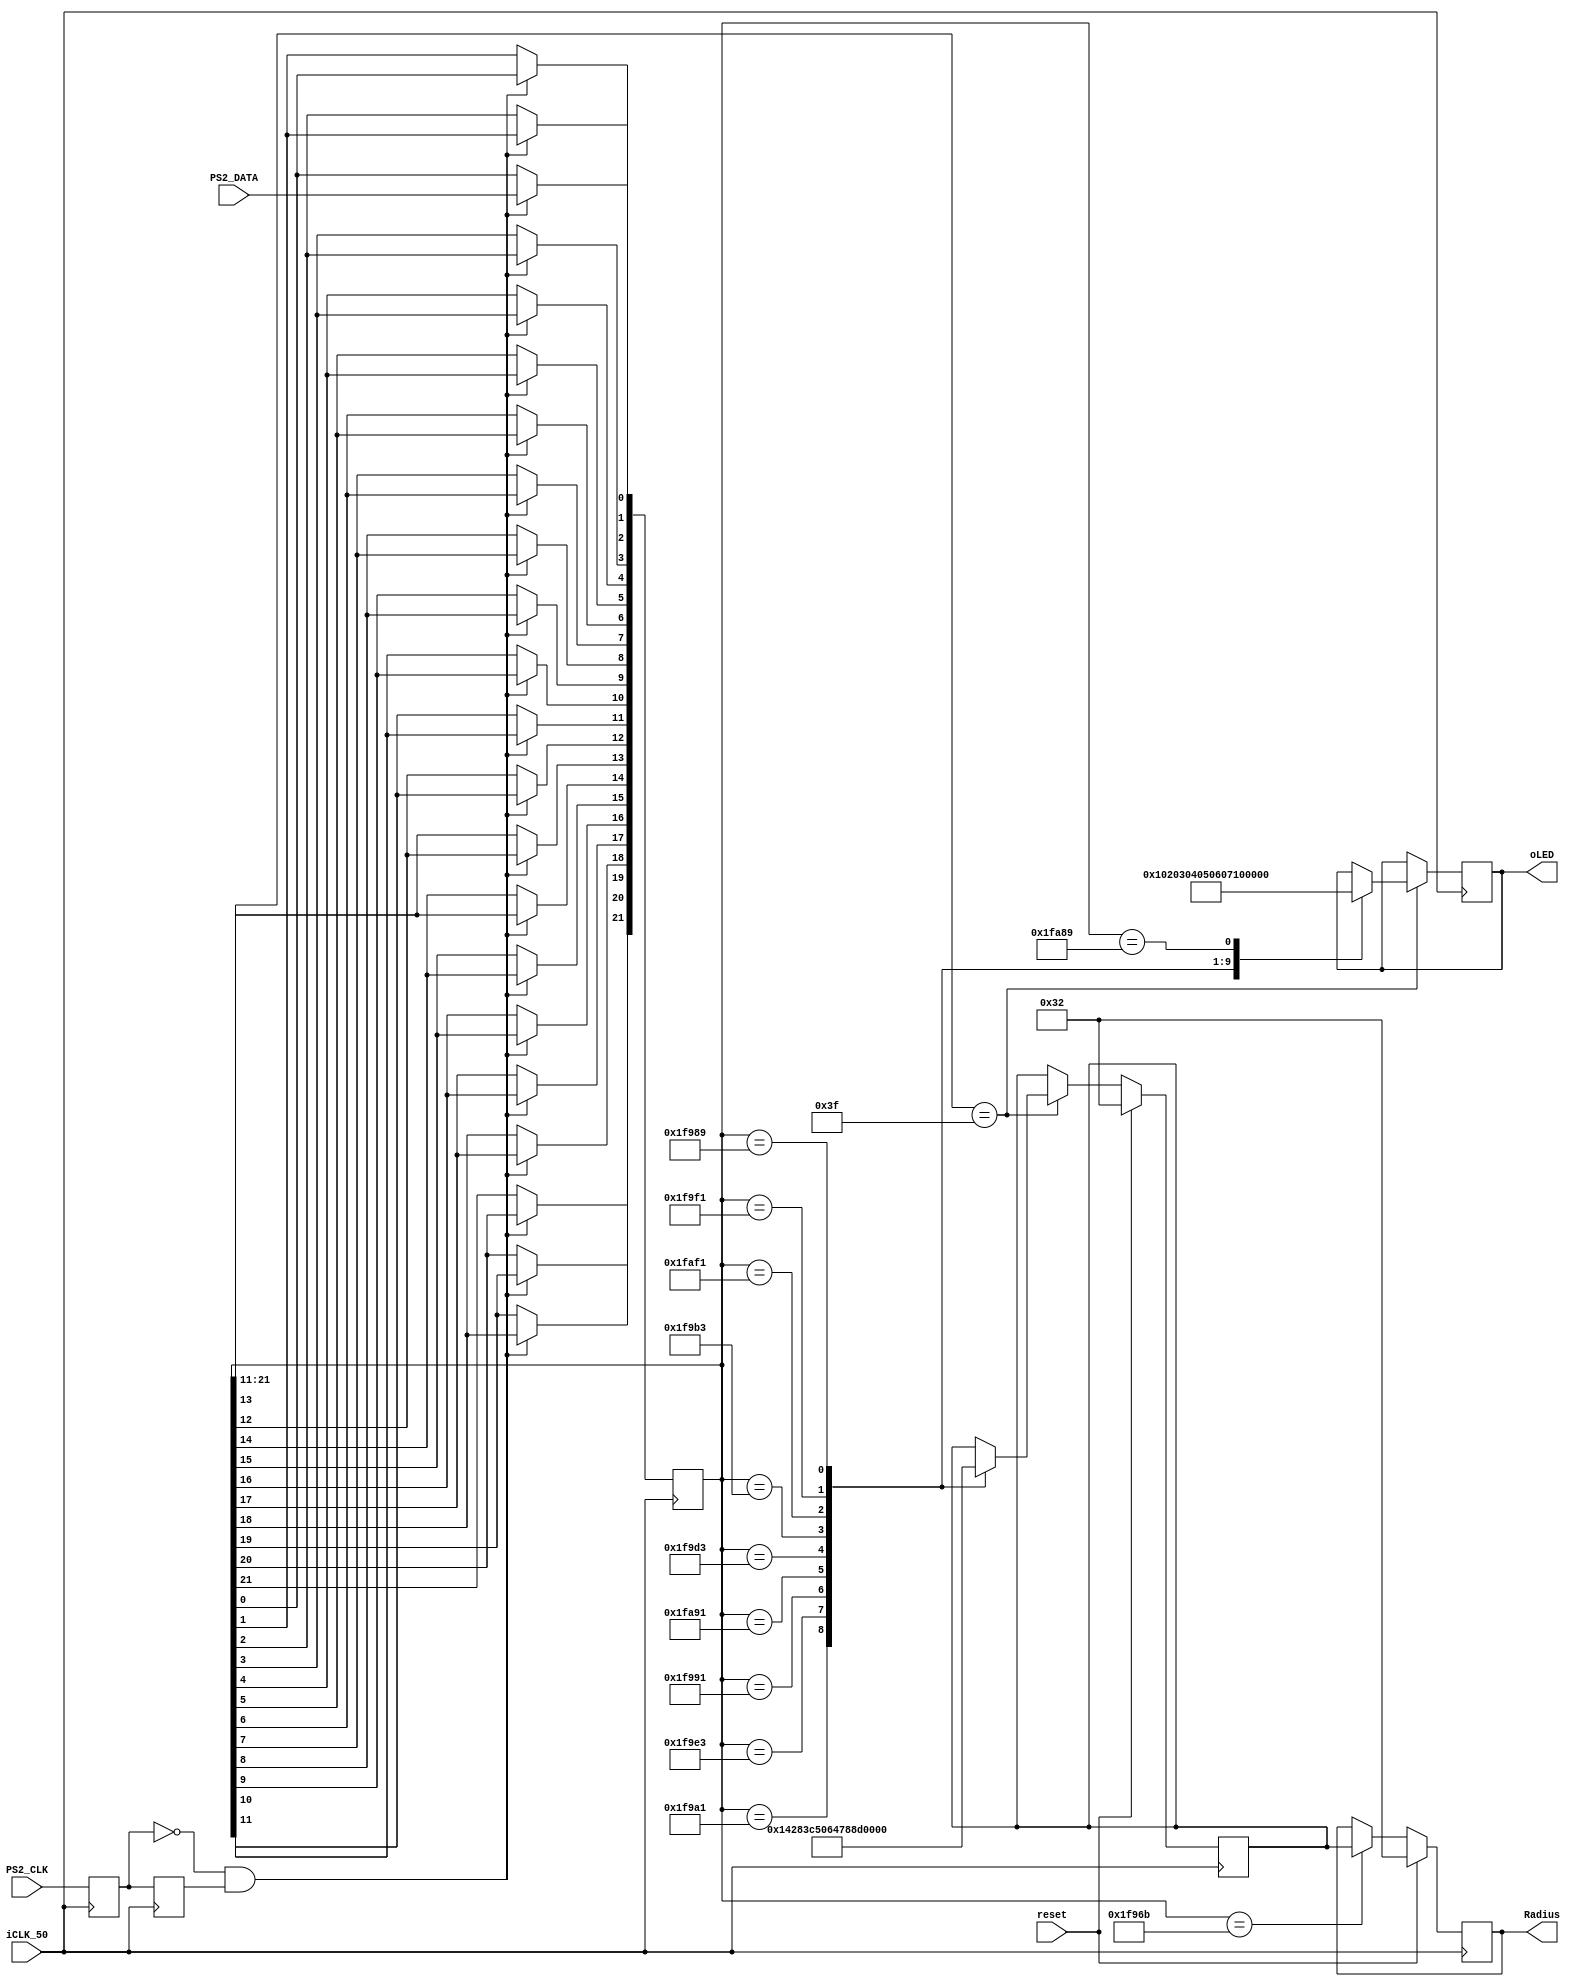
`timescale 1ns / 1ps
//////////////////////////////////////////////////////////////////////////////////
// Company: 
// Engineer: 
// 
// Design Name: 
// Module Name:    PS2_control 
// Project Name: 
// Target Devices: 
// Tool versions: 
// Description: 
//
// Dependencies: 
//
// Revision: 
// Revision 0.01 - File Created
// Additional Comments: 
//
//////////////////////////////////////////////////////////////////////////////////
module PS2_Control (iCLK_50, PS2_CLK, PS2_DATA, reset, oLED, Radius);
    input iCLK_50;
    input PS2_CLK;
    input PS2_DATA;
    input reset;
    output reg [7:0] Radius = 8'b00110010;
    output reg [7:0] oLED = 8'b00000000;
	 reg a;
	 reg b;
	 reg [7:0] c = 0;
	 reg [0:21] data;	
	 //reg flag = 0;
	 
	 //read
	 always @ ( posedge iCLK_50 )
	 begin
		a <= b;
		b <= PS2_CLK;
		if (b == 0 && a == 1)
		begin
			 data[0] <= data[1];
			 data[1] <= data[2];
			 data[2] <= data[3];
			 data[3] <= data[4];
			 data[4] <= data[5];
			 data[5] <= data[6];
			 data[6] <= data[7];
			 data[7] <= data[8];
			 data[8] <= data[9];
			 data[9] <= data[10];
			 data[10] <= data[11];
			 data[11] <= data[12];
			 data[12] <= data[13];
			 data[13] <= data[14];
			 data[14] <= data[15];
			 data[15] <= data[16];
			 data[16] <= data[17];
			 data[17] <= data[18];
			 data[18] <= data[19];
			 data[19] <= data[20];
			 data[20] <= data[21];
			 data[21] <= PS2_DATA;
		end
		else
		begin
			 data <= data;
	   end
	 end
	 
	 always @ ( posedge iCLK_50 )
	 begin
		  if (data[0:10] == 11'b00000111111)
		  begin
        case (data)
            22'b0000011111100110100001: oLED <= 1;
            22'b0000011111100111100011: oLED <= 2;
            22'b0000011111100110010001: oLED <= 3;
            22'b0000011111101010010001: oLED <= 4;
            22'b0000011111100111010011: oLED <= 5;
            22'b0000011111100110110011: oLED <= 6;
            22'b0000011111101011110001: oLED <= 7;
            22'b0000011111100111110001: oLED <= 8;
            22'b0000011111100110001001: oLED <= 9;
            22'b0000011111101010001001: oLED <= 0;
            default: oLED <= oLED;
        endcase
		  end
		  else oLED <= oLED;
	  end
	 
	 always @ (posedge iCLK_50)
	 begin
			if (reset == 1) Radius <= 50;
			else if (reset == 0)
			begin
				if (data == 22'b0000011111100101101011)
				begin
					Radius <= c;
				end
				else
				begin
					Radius <= Radius;
				end
			end
	 end
	 
	 always @ (posedge iCLK_50)
	 begin
			if (reset == 1) c <= 50;
			else
			begin
				if (data [0:10] == 11'b00000111111) 
				begin
					case (data)
						22'b0000011111100110100001: begin c <= 20; end
						22'b0000011111100111100011: begin c <= 40; end
						22'b0000011111100110010001: begin c <= 60; end
						22'b0000011111101010010001: begin c <= 80; end
						22'b0000011111100111010011: begin c <= 100; end
						22'b0000011111100110110011: begin c <= 120; end
						22'b0000011111101011110001: begin c <= 140; end
						22'b0000011111100111110001: begin c <= 160; end
						22'b0000011111100110001001: begin c <= 180; end
						default: begin c <= c; end	//enter
					endcase
				end
				else
				begin
					 c <= c;
				end
			end
	 end
	 
endmodule